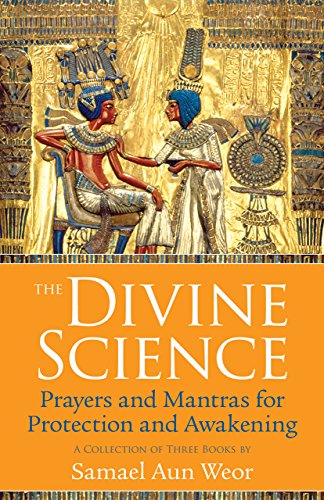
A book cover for The Divine Science: Prayers and Mantras for Protection and Awakening; Samael Aun Weor; Religion & Spirituality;